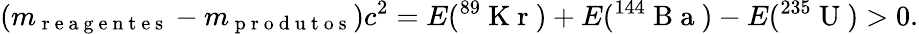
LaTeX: (m_{\mathrm{~r~e~a~g~e~n~t~e~s~}}-m_{\mathrm{~p~r~o~d~u~t~o~s~}})c^{2}=E(^{89}\mathrm{~K~r~})+E(^{144}\mathrm{~B~a~})-E(^{235}\mathrm{~U~})>0.